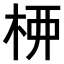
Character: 𫞉